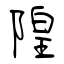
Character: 隍